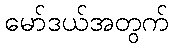
မော်ဒယ်အတွက်